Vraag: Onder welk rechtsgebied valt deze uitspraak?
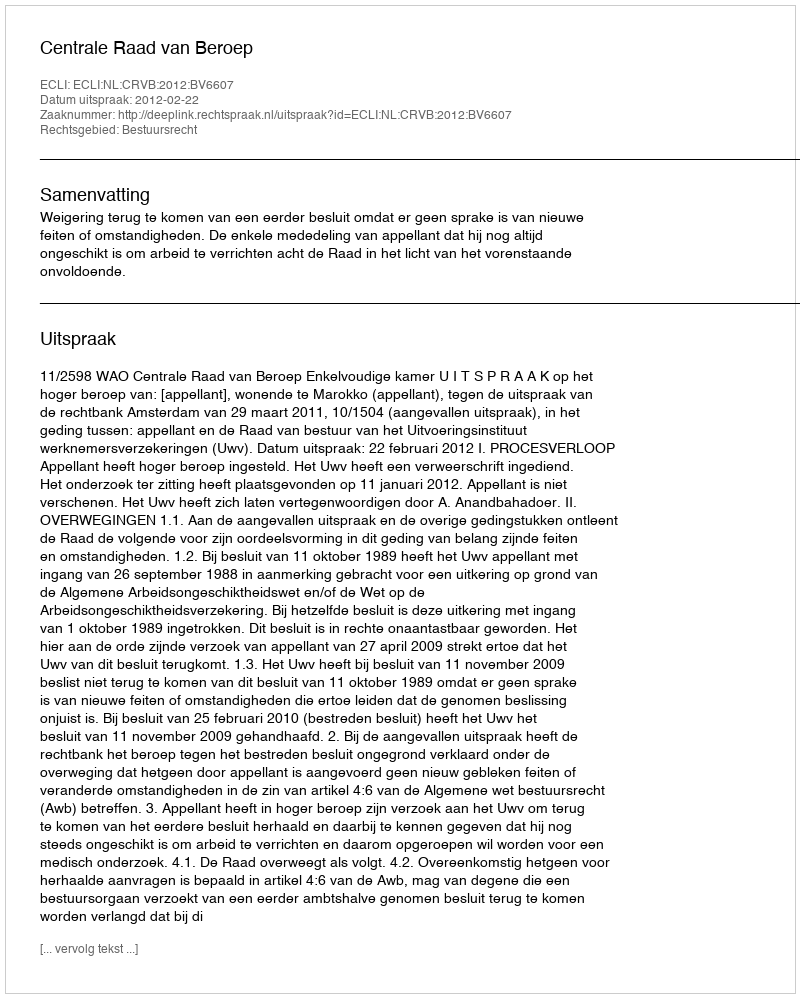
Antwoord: Bestuursrecht